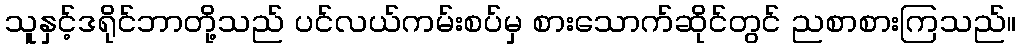
သူနှင့်ဒရိုင်ဘာတို့သည် ပင်လယ်ကမ်းစပ်မှ စားသောက်ဆိုင်တွင် ညစာစားကြသည်။